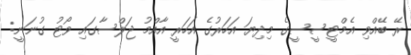
ރޭ ބޭއްވި އެމްޓީސީސީގެ މިދިޔަ އަހަރުގެ އަހަރީ އާއްމު ޖަލްސާގައި ވޯޓު ގުނަނީ: